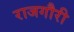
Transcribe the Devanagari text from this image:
राजगौरी